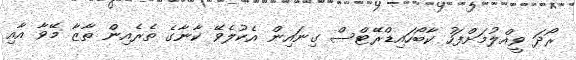
ރޯދަ ވީއްލުމަށްފަހު ކާބޯހައިޑްރޭޓްސް ގިނައިން އެކުލެވޭ ކާނާގެ ތެރެއިން ތާޒާ މޭވާ އާއި